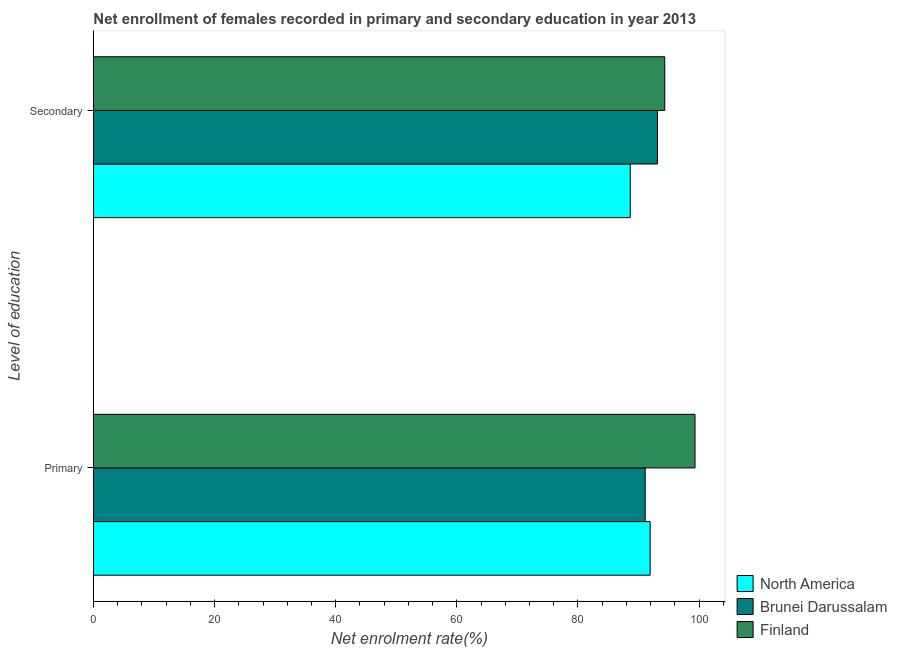
| Level of education | North America | Brunei Darussalam | Finland |
 | --- | --- | --- | --- |
 | Primary | 91.9 | 91.1 | 99.3 |
 | Secondary | 88.6 | 93.1 | 94.3 |